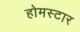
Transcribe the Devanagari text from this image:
होमस्टार